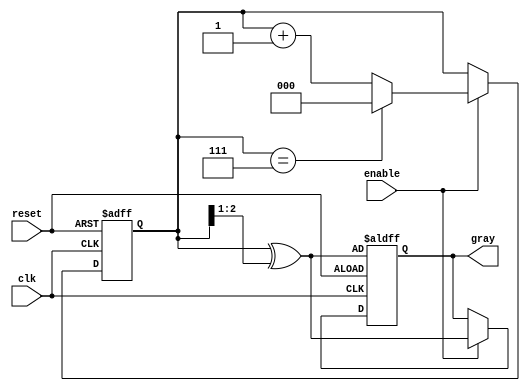
module gray_code_counter (
    input wire clk,          // Clock input
    input wire reset,        // Asynchronous reset input
    input wire enable,       // Enable input
    output reg [2:0] gray    // 3-bit Gray Code output
);

    reg [2:0] binary_count;  // 3-bit binary counter

    // Binary to Gray Code conversion
    function [2:0] binary_to_gray;
        input [2:0] binary;
        begin
            binary_to_gray = binary ^ (binary >> 1);
        end
    endfunction

    // Asynchronous reset and counting operation
    always @(posedge clk or posedge reset) begin
        if (reset) begin
            binary_count <= 3'b000; // Initialize to 0
            gray <= binary_to_gray(binary_count); // Convert to Gray Code
        end else if (enable) begin
            // Increment binary counter
            binary_count <= binary_count + 1;
            // Wrap around if overflow occurs (for 3-bit counter)
            if (binary_count == 3'b111) begin
                binary_count <= 3'b000; // Wrap around to 0
            end
            // Update Gray Code output
            gray <= binary_to_gray(binary_count);
        end
    end

endmodule